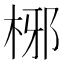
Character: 㭨